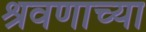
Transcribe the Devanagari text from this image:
श्रवणाच्या